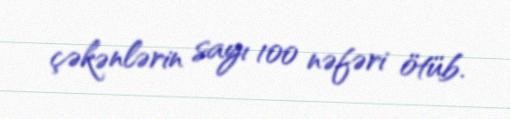
çəkənlərin sayı 100 nəfəri ötüb.